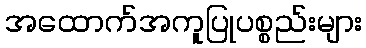
အထောက်အကူပြုပစ္စည်းများ